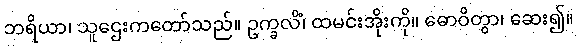
ဘရိယာ၊ သူဌေးကတော်သည်။ ဥက္ခလိံ၊ ထမင်းအိုးကို။ ဓောဝိတွာ၊ ဆေး၍။